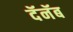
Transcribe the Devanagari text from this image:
दॅनॅब